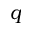
q